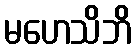
မဟေသိဘိ